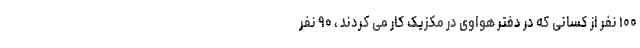
۱۰۰ نفر از کسانی که در دفتر هواوی در مکزیک کار می کردند ، ۹۰ نفر